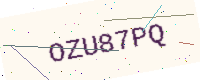
Text: OZU87PQ